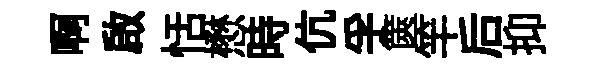
啊啟恬懋時伉孚篋竿后抑